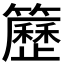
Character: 𥷒